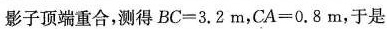
影子顶端重合，测得$$B C = 3 . 2 m$$，$$C A = 0 . 8 m$$，于是